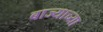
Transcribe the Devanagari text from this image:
बाज्याच्या